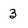
Character: 3